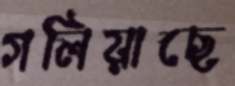
গলিয়াছে